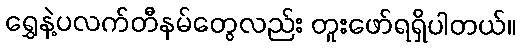
ရွှေနဲ့ပလက်တီနမ်တွေလည်း တူးဖော်ရရှိပါတယ်။